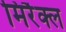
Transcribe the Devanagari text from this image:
मिरैक्ल